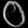
Digit: ၀